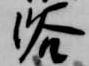
浴